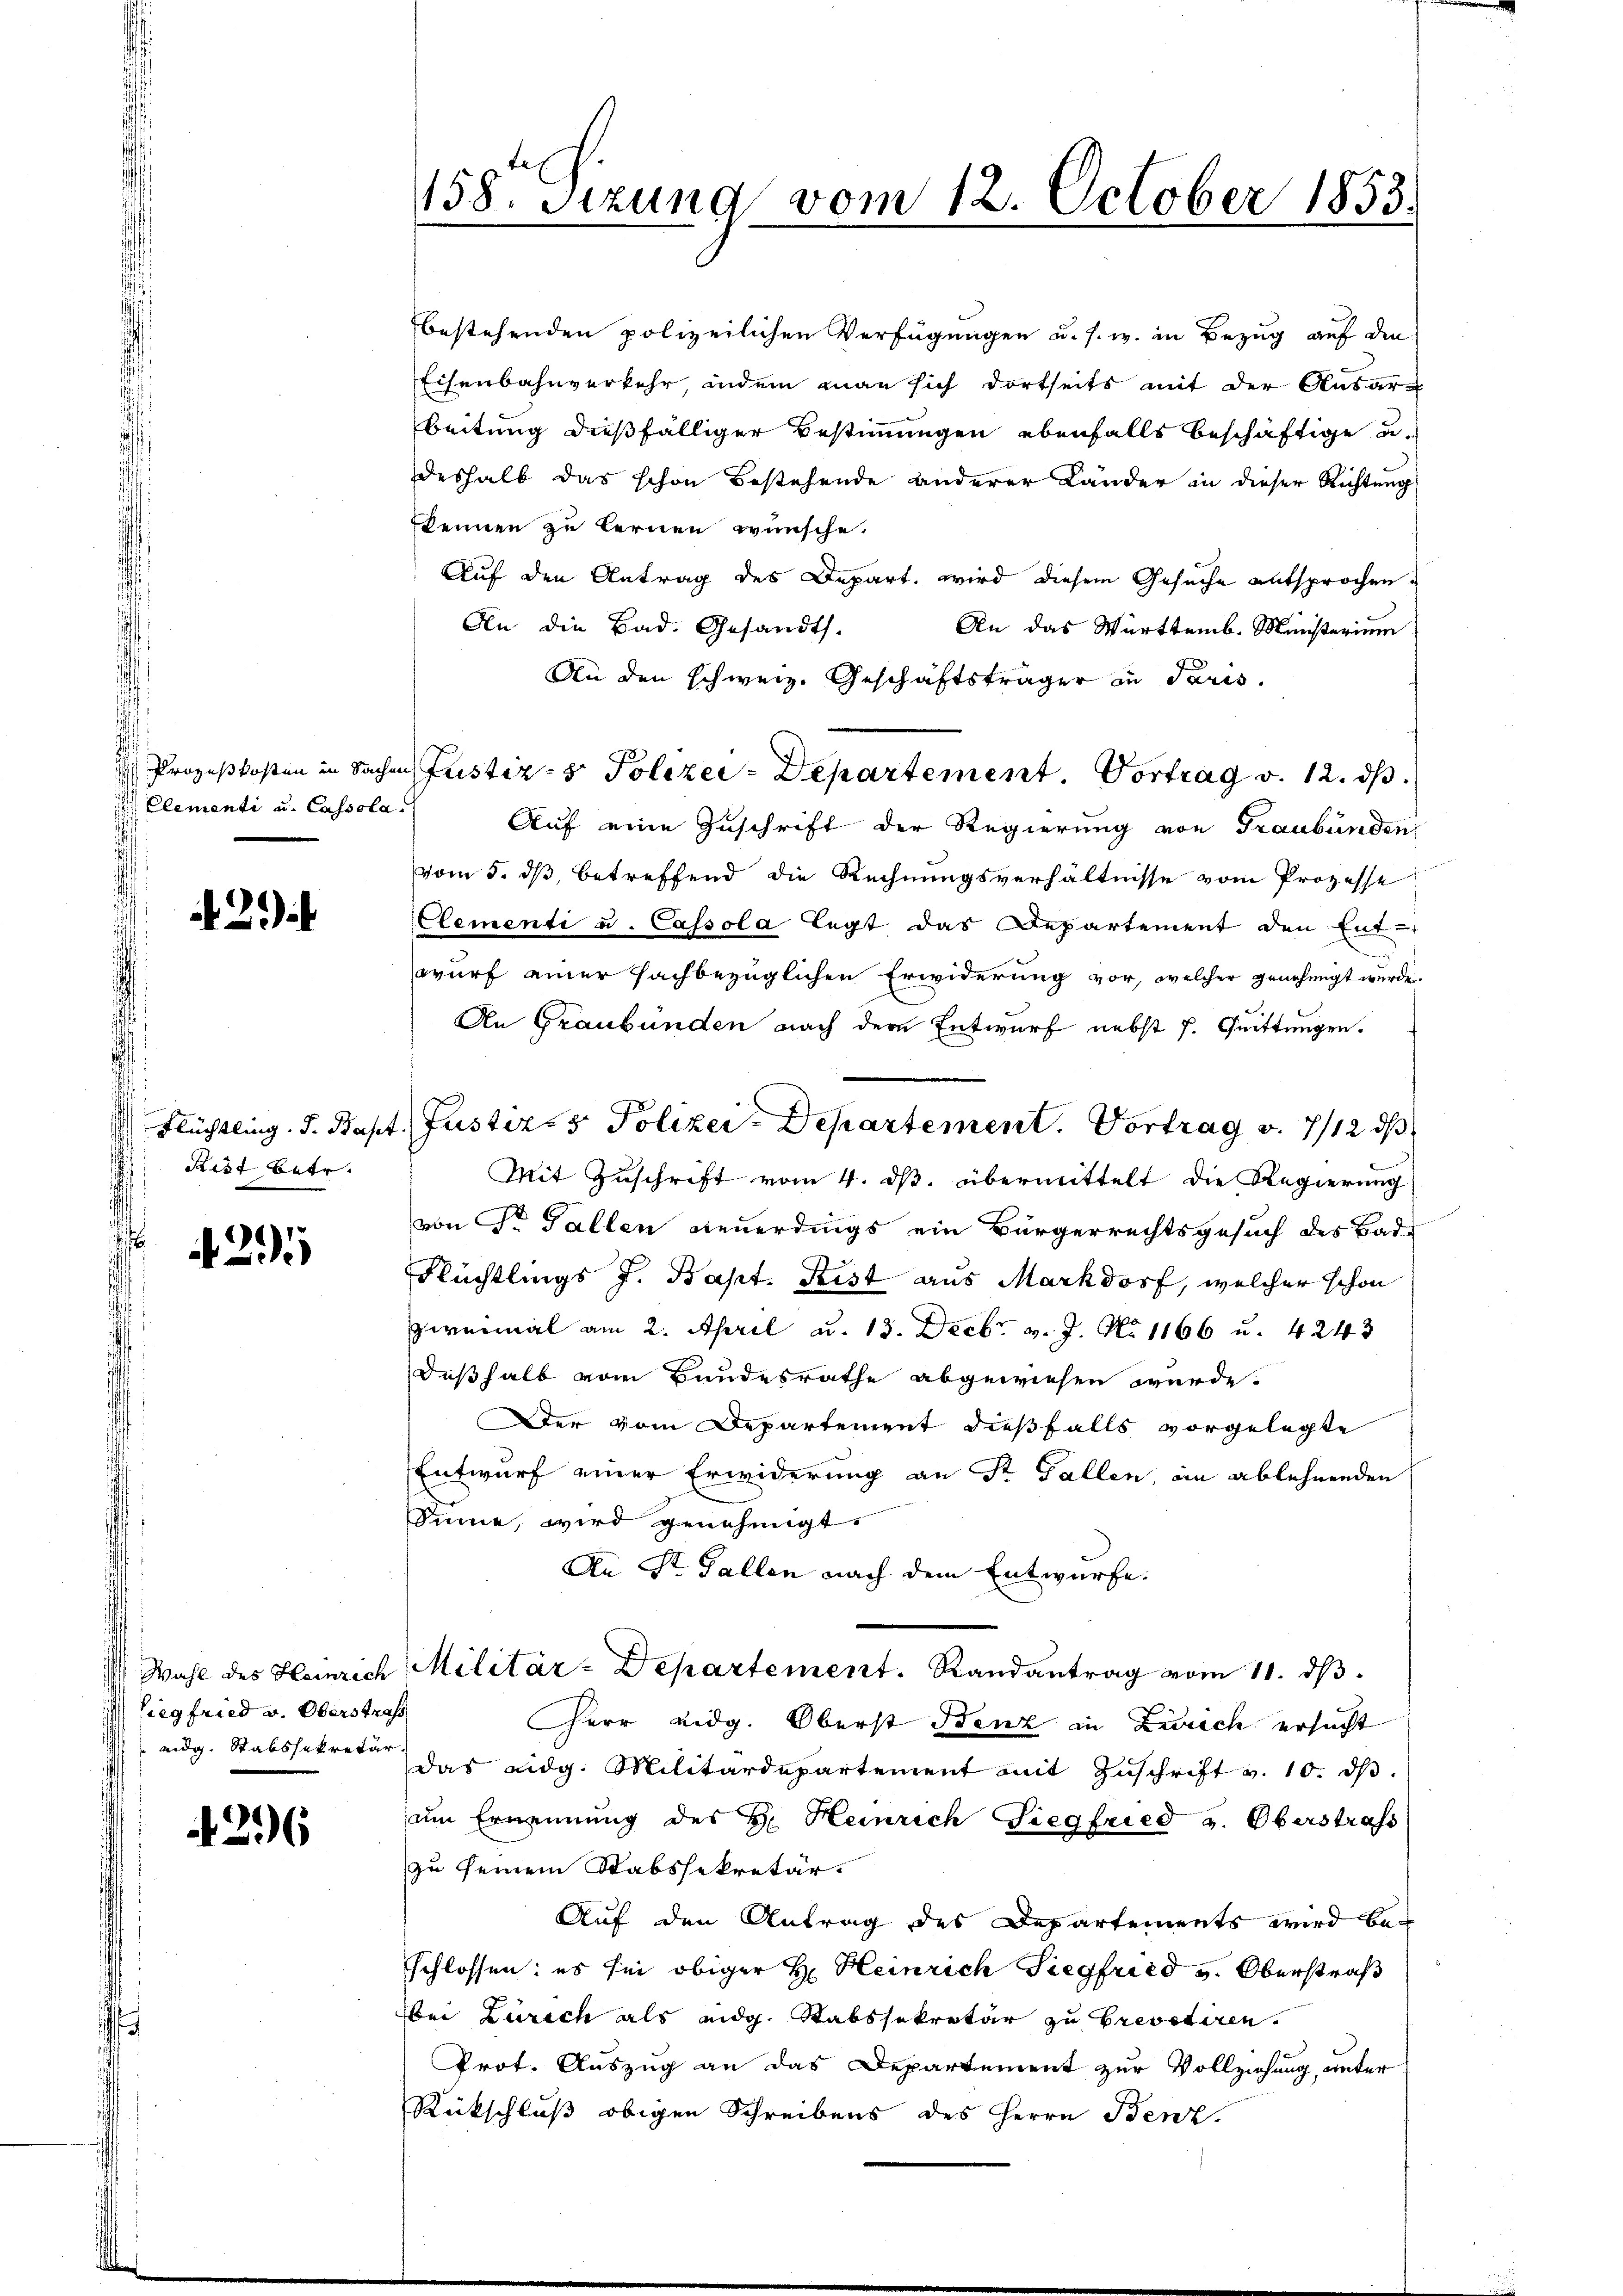
Elementi u. Cassola

29

Rest betr.

35

Siegfried v. Oberstrafs

296

bestehenden polizeilichen Verfügungen u. s. w. in Bezug auf den
Eisenbahnverkehr indem man sich dortseits mit der Ausar-
beitung dießfälliger Bestimmungen ebenfalls beschäftige u.
deshalb das schon bestehende anderer Länder in dieser Richtung
kennen zu lernen wünsche.
Auf den Antrag des Depart, wird diesem Gesuche entsprochen.
An die Bad. Gesandts.
An das Württemb. Ministerium
An den schweiz. Geschäftsträger in Paris.
 Prozeßkosten in Sachen Justiz- & Polizei-Departement. Vortrag v. 12. ds.
Auf eine Zuschrift der Regierung von Graubünden
vom 5. dß, betreffend die Rechnungsverhältnisse vom Prozesse
Elementi u. Cassola legt das Departement den Ent-
wurf einer fachbezüglichen Erwiderung vor, welcher genehmigt wurde.
An Graubünden nach dem Entwurf nebst s. Quittungen.
Mit Zuschrift vom 4. ds. übermittelt die Regierung
von Sr. Gallen Reuerdings ein Bürgerrechtsgesuch des Bad¬
Flüchtlings J. Bapt. Perst aus Markdorf, welcher schon
zweimal am 2. April a. 13. Decbr. v. J. No 1166 u. 4243
deßhalb vom Bundesrathe abgewiesen würde.
Der vom Departement dießfalls vorgelegte
Entwurf einer Erwiderung an Sr Fallen, in ablehnenden
Sinne, wird genehmigt.
An St. Gallen nach dem Entwurfe.
Wahl des Heinrich Militär-Departement. Randantrag vom 11. dβ.
Herr Eidg. Oberst Benz in Zürich ersucht
eidg. Stabssekretär das eidg. Militärdepartement mit Zuschrift v. 10. ds.
um Ernennung des H. Heinrich Siegfried v. Oberstrafs
zu seinem Stabssekretär.
Auf den Antrag des Departements wird be-
schlossen: es sei obiger H. Heinrich Siegfried v. Oberstraß
Bei Zürich als eidg. Stabssekretär zu Brevetiren.
Prot. Auszug an das Departement zur Vollziehung, unter
Rückschluß obigen Schreibens des Herrn Benz

158. Sizung vom 12. October 1853.

Flüchtling. J. Bapt. Justiz- & Polizei-Departement. Vortrag v. 7/12 d